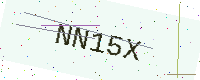
Text: NN15X